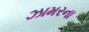
ઝામરના